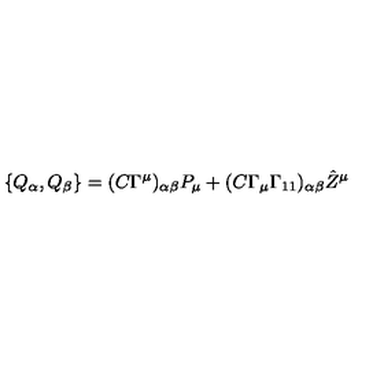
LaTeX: \{ Q _ { \alpha } , Q _ { \beta } \} = ( C \Gamma ^ { \mu } ) _ { \alpha \beta } P _ { \mu } + ( C \Gamma _ { \mu } \Gamma _ { 1 1 } ) _ { \alpha \beta } { \hat { Z } } ^ { \mu }